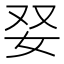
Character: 𡛒